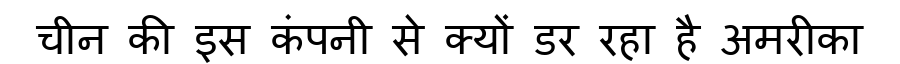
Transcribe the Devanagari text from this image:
चीन की इस कंपनी से क्यों डर रहा है अमरीका